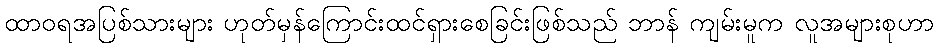
ထာဝရအပြစ်သားများ ဟုတ်မှန်ကြောင်းထင်ရှားစေခြင်းဖြစ်သည် ဘာန် ကျမ်းမူက လူအများစုဟာ